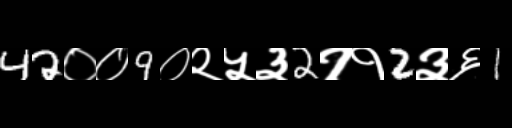
Text: 42००9०२५३2११2३६1